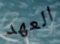
العهد